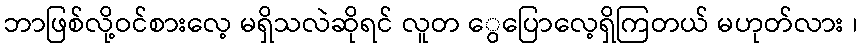
ဘာဖြစ်လို့ဝင်စားလေ့ မရှိသလဲဆိုရင် လူတ ွေပြောလေ့ရှိကြတယ် မဟုတ်လား ၊